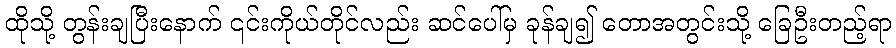
ထိုသို့ တွန်းချပြီးနောက် ၎င်းကိုယ်တိုင်လည်း ဆင်ပေါ်မှ ခုန်ချ၍ တောအတွင်းသို့ ခြေဦးတည့်ရာ